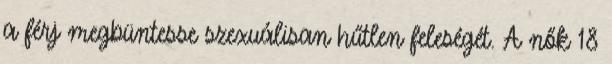
a férj megbüntesse szexuálisan hűtlen feleségét. A nők 18